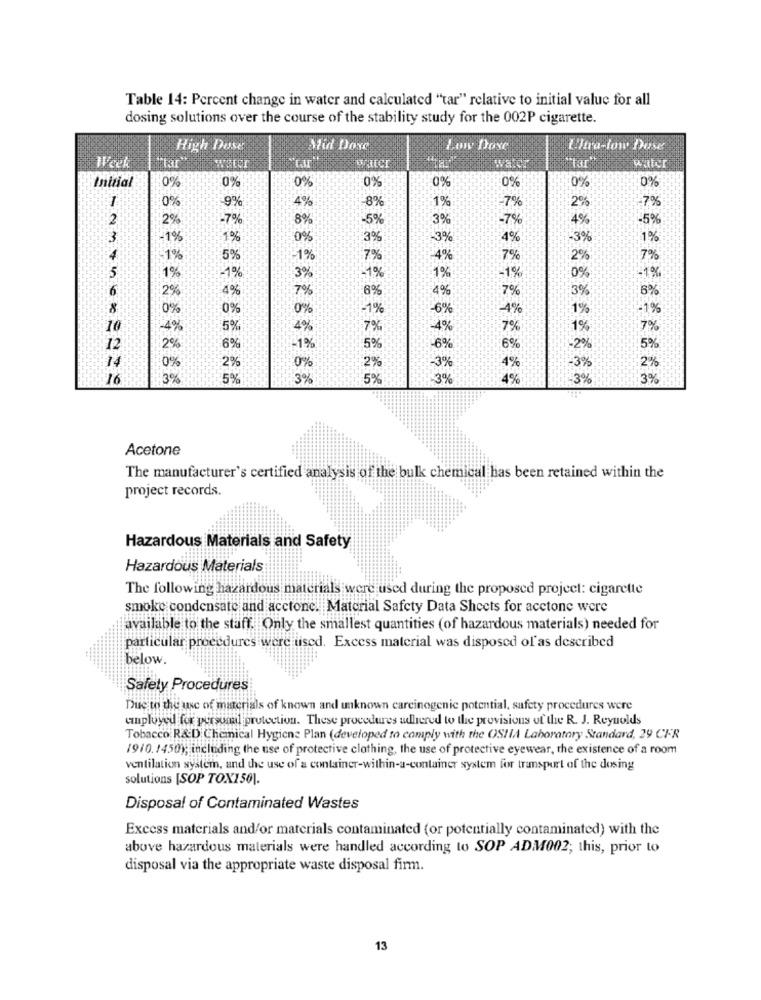
Table 14: Percent change in water and calculated "tar" relative to initial value for all
dosing solutions over the course of the stability study for the 002P cigarette.
High Dose
Vid Dove
Low Dose
Ultra-low Dose
Week
Initial
0%
0%
0%
0%
0%
0%
0%
0%
0%
9%
1%
7%
7%
4%
-8%
2%
2
2%
-7%
8%
-5%
3%
7%
4%
-5%
3
.1%
1%
0%
3%
-3%
4%
3%
1%
1%
5%
-1%
7%
4%
7%
2%
7%
5
1%
1%
0%
-1%
3%
-1%
1%
-1%
6
2%
4%
7%
7%
3%
6%
6%
8
0%
0%
0%
1%
4%
1%
-19
10
4%
5%
4%
7%
7%
1%
7%
12
2%
6%
-1%
6%
2%
5%
0%
2%
0%
16
3%
5%
3%
5%
3%
1%
3%
Acetone
The manufacturer's certified analysis of the bulk chemical has been retained within the
project records.
Hazardous Materials and Safety
Hazardous Materials
The following hazardous materials were used during the proposed project: cigarette
smoke condensate and acetone. Material Safety Data Sheets for acetone were
available to the staff. Only the smallest quantities (of hazardous materials) needed for
particular procedures were tised. Excess material was disposed of'as described
below.
Safety Procedures
Due to the use of materials of known and unknown carcinogenic potential, safety procedures were
employed for personal protection. These procedures ullered to the provisions of the R. J. Reynolds
Tobacco R&D Chemical Hygiene Plan (developed to comply with the OSHA Laboratory Standard, 29 CFR
19/0.1450); including the use of protective clothing, the use of protective eyewear, the existence of a room
ventilation system, and the use of a container-within-a-container system for transport of the dosing
solutions [SOP TOX150).
Disposal of Contaminated Wastes
Excess materials and/or materials contaminated (or potentially contaminated) with the
above hazardous materials were handled according to SOP ADM002; this, prior to
disposal via the appropriate waste disposal firm.
13